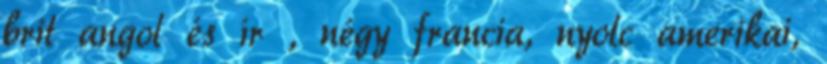
brit angol és ír , négy francia, nyolc amerikai,